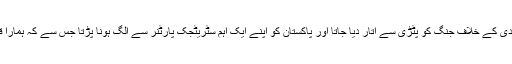
مزید یہ کہ دہشت گردی کے خلاف جنگ کو پٹڑی سے اتار دیا جاتا اور پاکستان کو اپنے ایک اہم سٹریٹجک پارٹنر سے الگ ہونا پڑتا جس سے کہ ہمارا قومی مفاد وابستہ ہے۔